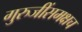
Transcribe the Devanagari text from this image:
गुरुजींसमक्षच